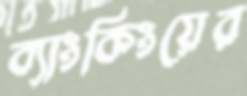
ব্যাংকিংয়ের